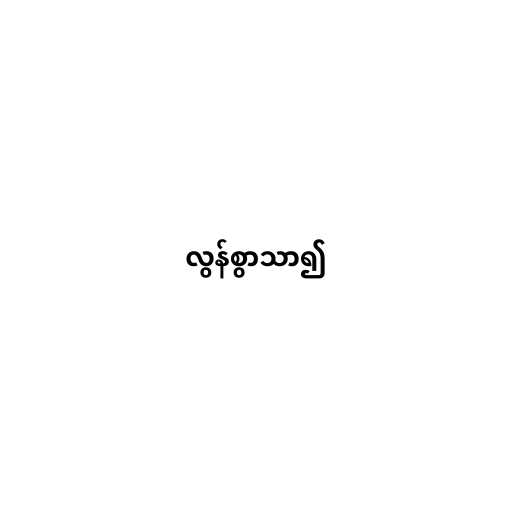
လွန်စွာသာ၍